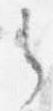
之